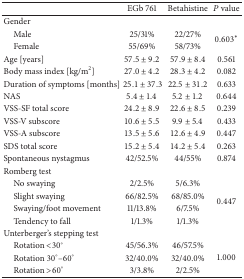
<table><thead><tr><td><b> </b></td><td><b>EGb 761</b></td><td><b>Betahistine</b></td><td><b><i>P</i> value</b></td></tr></thead><tbody><tr><td>Gender</td><td> </td><td> </td><td> </td></tr><tr><td> Male</td><td>25/31%</td><td>22/27%</td><td rowspan="2">0.603*</td></tr><tr><td> Female</td><td>55/69%</td><td>58/73%</td></tr><tr><td>Age [years]</td><td>57.5 ± 9.2</td><td>57.9 ± 8.4</td><td>0.561</td></tr><tr><td>Body mass index [kg/m<sup>2</sup>]</td><td>27.0 ± 4.2</td><td>28.3 ± 4.2</td><td>0.082</td></tr><tr><td>Duration of symptoms [months]</td><td>25.1 ± 37.3</td><td>22.5 ± 31.2</td><td>0.633</td></tr><tr><td>NAS</td><td>5.4 ± 1.4</td><td>5.2 ± 1.2</td><td>0.644</td></tr><tr><td>VSS-SF total score</td><td>24.2 ± 8.9</td><td>22.6 ± 8.5</td><td>0.239</td></tr><tr><td>VSS-V subscore</td><td>10.6 ± 5.5</td><td>9.9 ± 5.4</td><td>0.433</td></tr><tr><td>VSS-A subscore</td><td>13.5 ± 5.6</td><td>12.6 ± 4.9</td><td>0.447</td></tr><tr><td>SDS total score</td><td>15.2 ± 5.4</td><td>14.2 ± 5.4</td><td>0.263</td></tr><tr><td>Spontaneous nystagmus</td><td>42/52.5%</td><td>44/55%</td><td>0.874</td></tr><tr><td>Romberg test</td><td> </td><td> </td><td> </td></tr><tr><td> No swaying</td><td>2/2.5%</td><td>5/6.3%</td><td rowspan="4">0.447</td></tr><tr><td> Slight swaying</td><td>66/82.5%</td><td>68/85.0%</td></tr><tr><td> Swaying/foot movement</td><td>11/13.8%</td><td>6/7.5%</td></tr><tr><td> Tendency to fall</td><td>1/1.3%</td><td>1/1.3%</td></tr><tr><td>Unterberger&#x27;s stepping test</td><td> </td><td> </td><td> </td></tr><tr><td> Rotation &lt;30°</td><td>45/56.3%</td><td>46/57.5%</td><td rowspan="3">1.000</td></tr><tr><td> Rotation 30°–60°</td><td>32/40.0%</td><td>32/40.0%</td></tr><tr><td> Rotation &gt;60°</td><td>3/3.8%</td><td>2/2.5%</td></tr></tbody></table>